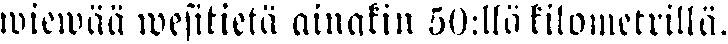
wiewää wvesitietä ainakin 50:llä kilometrillä.